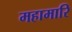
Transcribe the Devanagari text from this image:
महामारि